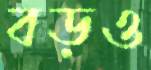
বড়ও